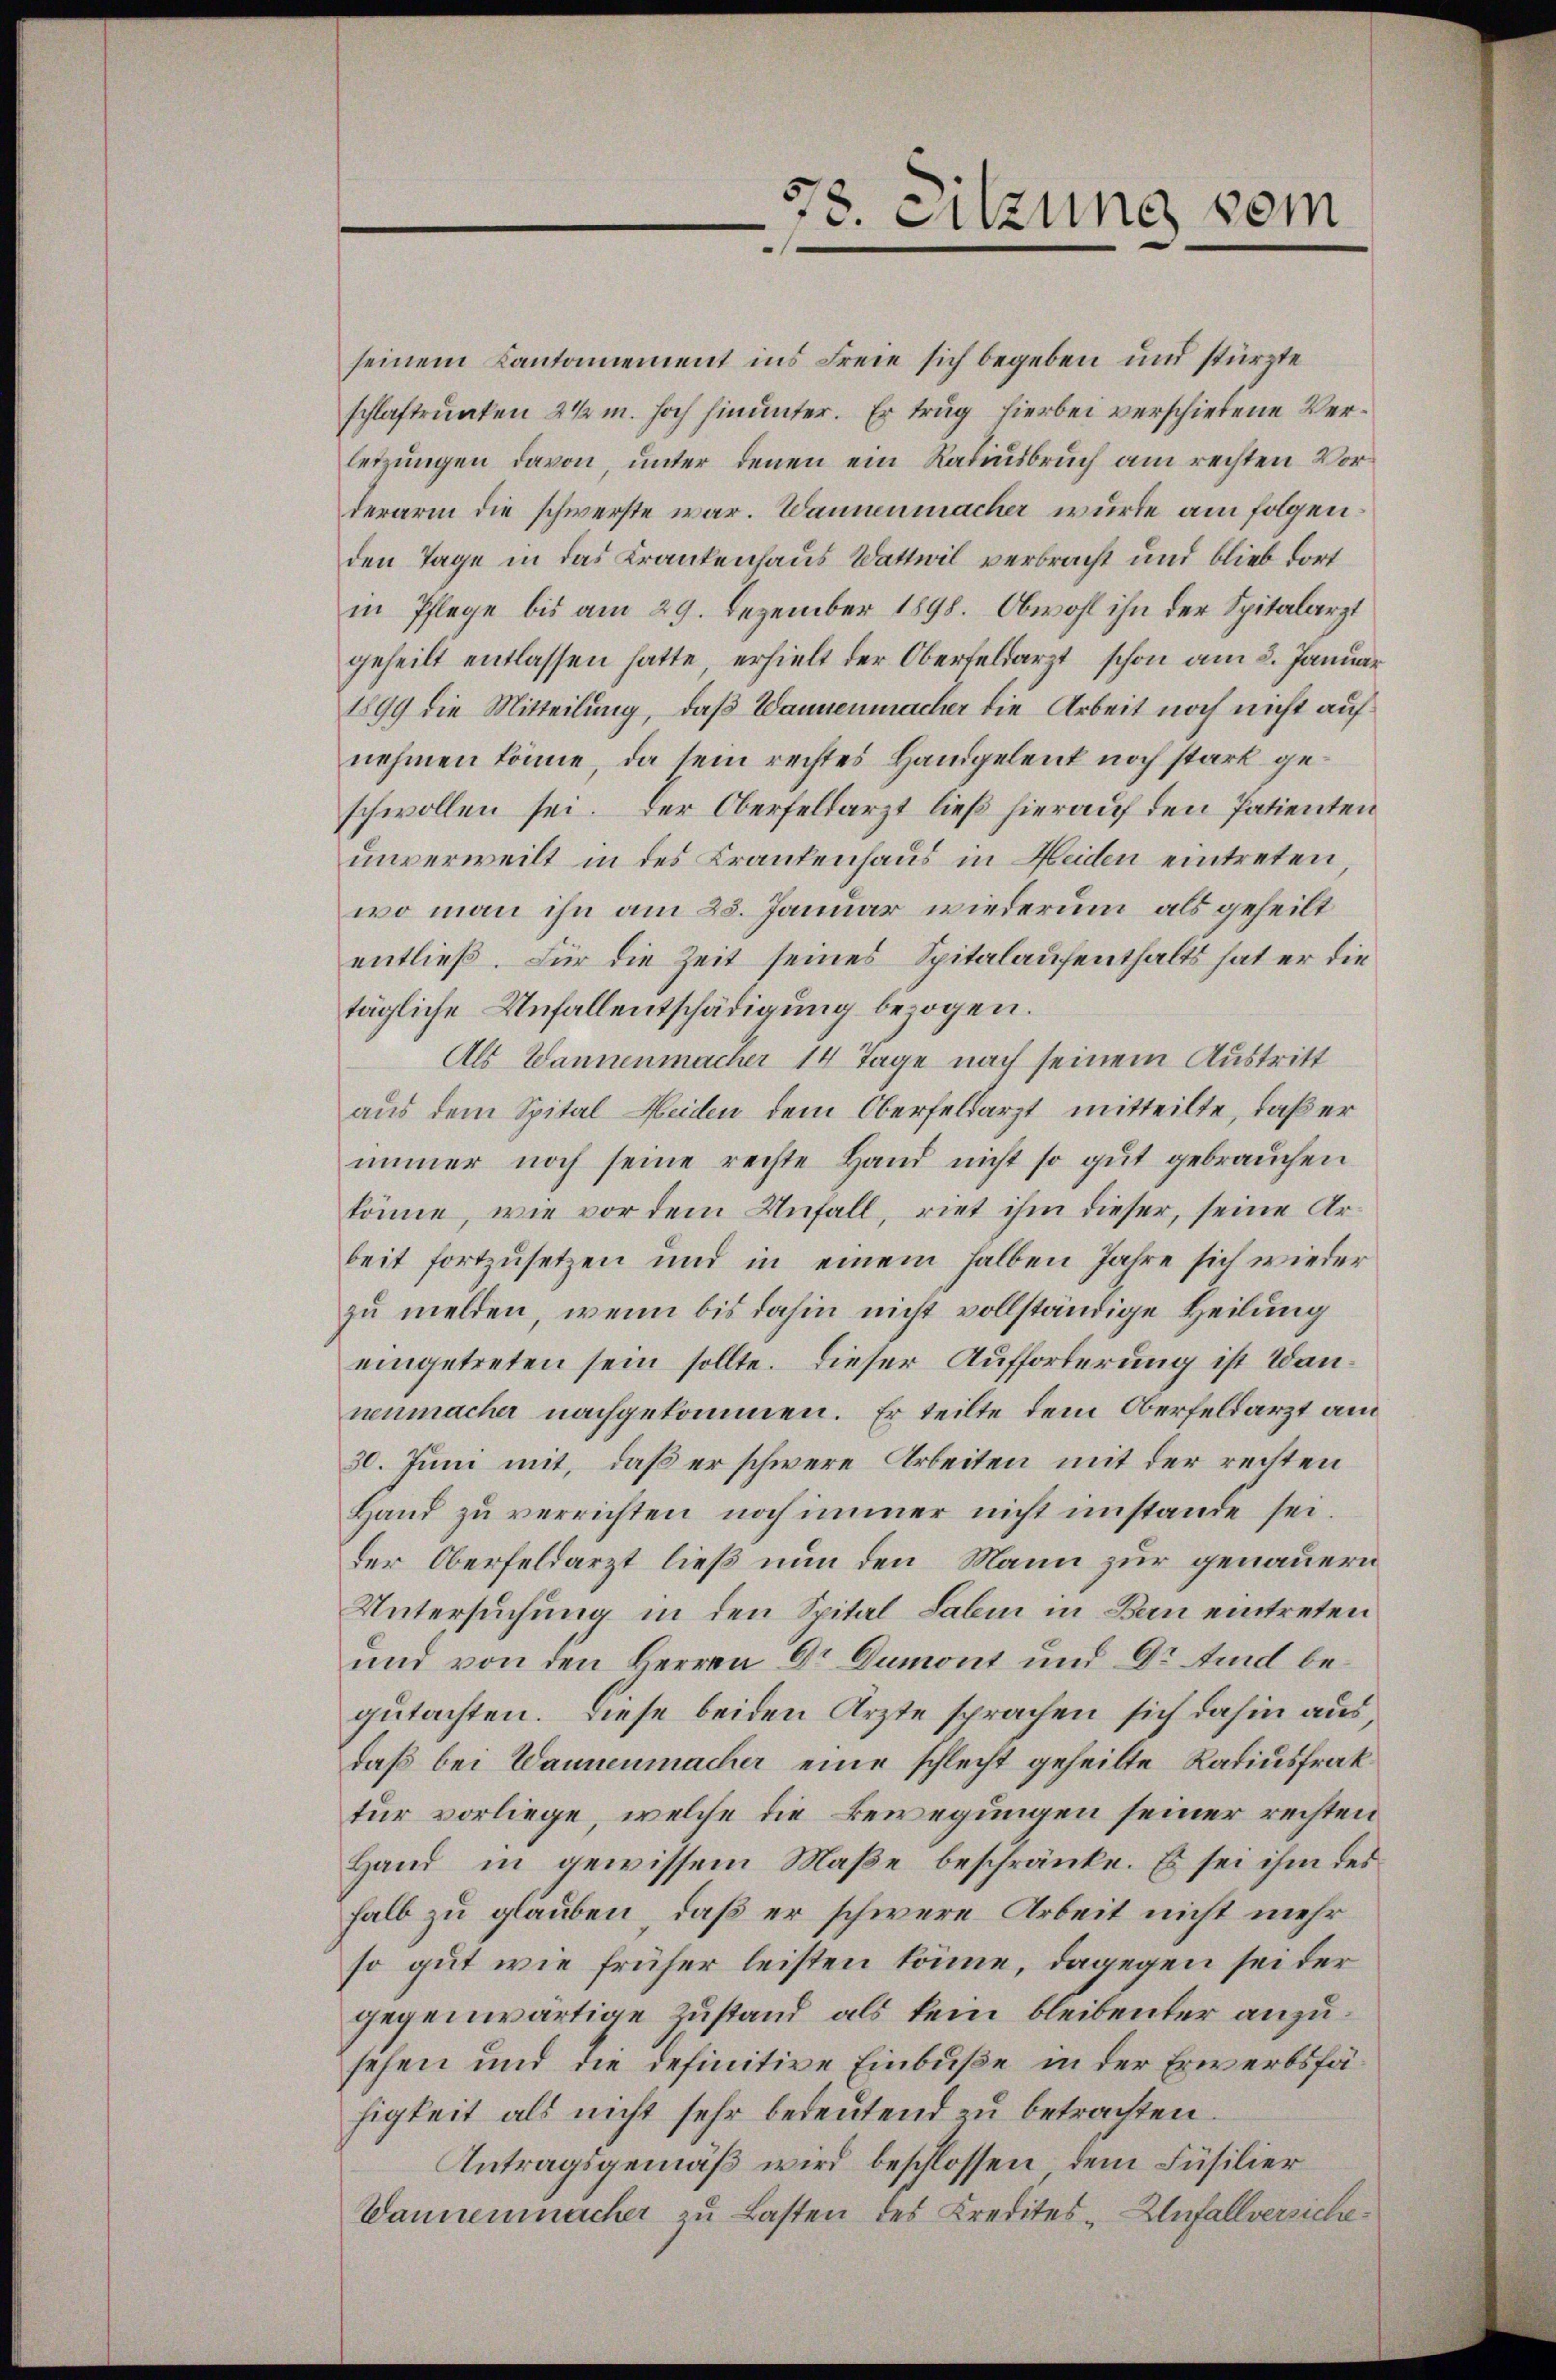
seinem Cantonnement ins Freie sich begeben und stürzte
schlaftrunken 2 ½ m. hoch hinunter. Er trug hierbei verschiebene Verletzungen davon, unter denen ein Ratiusbruch am rechten Vorderarm die schwerste war. Wannenmacher wurde am folgenden Tage in das Krankenhaus Wattwil verbracht und blieb dort
in Pflege bis am 29. Dezember 1898. Obwohl ihn der Spitalarzt
geheilt entlassen hatte, erhielt der Oberfeldarzt schon am 2. Januar
1899 die Mitteilung, daß Wannenmacher die Arbeit noch nicht auf
nehmen könne, da sein rechtes Handgelent noch stark geschwollen sei. Der Oberfeldarzt ließ hierauf den Patienten
unverweilt in des Krankenhaus in Heiden eintreten
wo man ihn am 25. Januar wiederum, als geheilt
entließ. Für die Zeit seines Spitalaufenthalts hat er die
tägliche Unfallentschädigung bezogen.
Als Wannenmacher 14 Tage nach seinem Austritt
aus dem Spital Heiden dem Oberfeldarzt mitteilte, daß er
immer noch seine rechte Hand nicht so gut gebrauchen
könne, wie vor dem Unfall, riet ihm dieser, seine Arbeit fortzusetzen und in einem halben Jahre sich wieder
zu melden, wenn bis dahin nicht vollständige Heilung
eingetreten sein sollte. Dieser Aufforderung ist Wannenmacher nachgekommen. Er teilte dem Oberfeldarzt am
30. Juni mit, daß er schwere Arbeiten mit der rechten
Hand zu verrichten, noch immer nicht imstande sei.
der Oberfeldarzt ließ nun den Mann zur genauern
Untersuchung in den Spital Sabin in Bau eintreten
und von den Herren Dr. Dumont und Dr Aid begutachten. Diese beiden Ärzte sprachen sich dahin aus
daß bei Wannenmacher eine schlecht geheilte Radiusfrak
tur vorliege, welche die Bewegungen seiner rechten
Hand in gewissem Maße beschränke. Es sei ihm des
halb zu glauben, daß er schwere Arbeit nicht mehr
so gut wie früher leisten könne, dagegen sei der
gegenwärtige Zustand als kein bleibenter anzusehen und die definitive Einbuße in der Erwerbsfähigkeit als nicht sehr bedeutend zu betrachten.
Antragsgemäß wird beschlossen, dem Füsilier
Wannenmacher zu Lasten des Kredites - Unfallversiche¬

578
e
. Sitzung vom